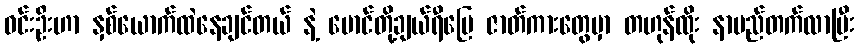
ဝင်းဦးဟာ နှစ်ယောက်ထဲနေချင်တယ် နဲ့ မောင်တို့ချယ်ရီမြေ ဇာတ်ကားတွေမှာ တဟုန်ထိုး နာမည်တက်လာပြီး